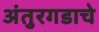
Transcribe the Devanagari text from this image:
अंतुरगडाचे